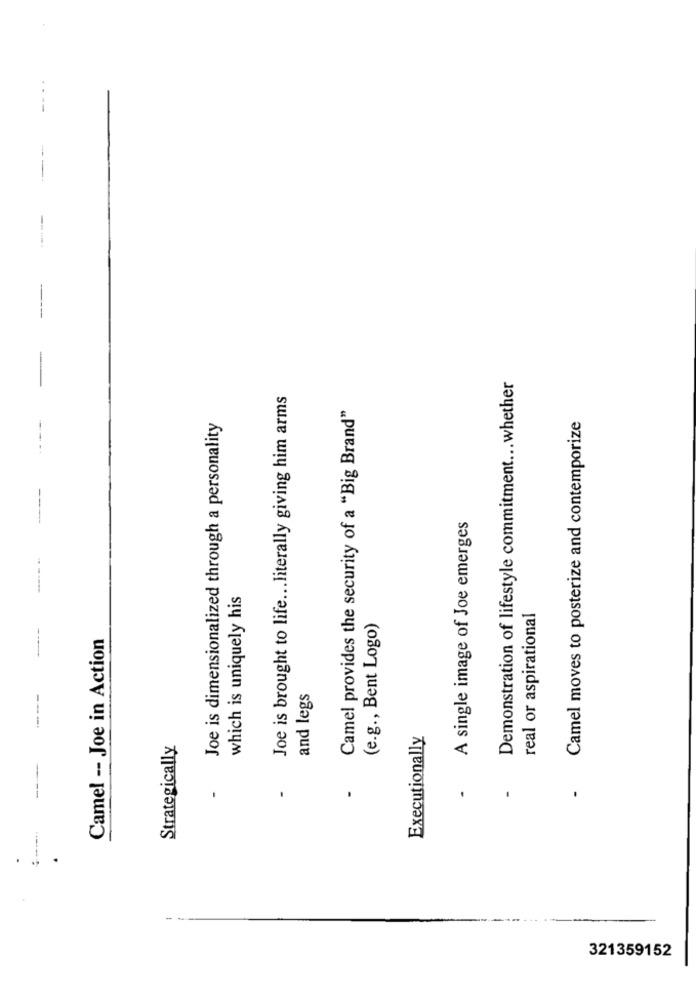
Demonstration of lifestyle commitment ... whether
Joe is brought to life ... literally giving him arms
Camel provides the security of a "Big Brand"
Camel moves to posterize and contemporize
Joe is dimensionalized through a personality
A single image of Joe emerges
which is uniquely his
real or aspirational
(e.g ., Bent Logo)
Camel -- Joe in Action
and legs
Executionally
Strategically
321359152